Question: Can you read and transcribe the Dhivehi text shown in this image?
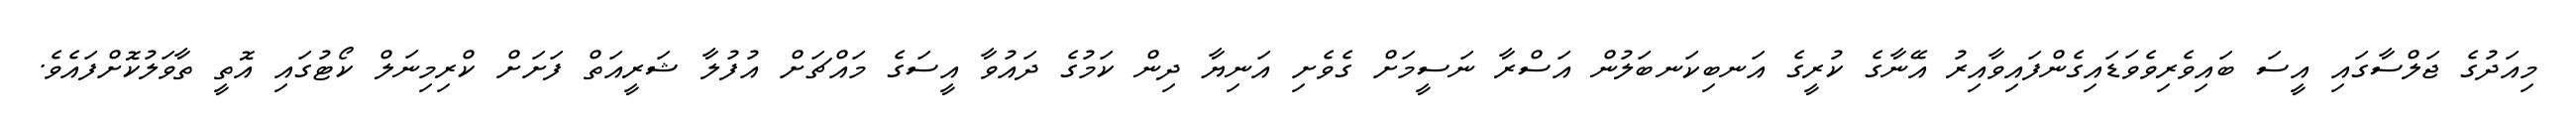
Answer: މިއަދުގެ ޖަލްސާގައި އީސަ ބައިވެރިވެވަޑައިގެންފައިވާއިރު އޭނާގެ ކުރީގެ އަނބިކަނބަލުން އަސްރާ ނަސީމަށް ގެވެށި އަނިޔާ ދިން ކަމުގެ ދައުވާ އީސަގެ މައްޗަށް އުފުލާ ޝަރީއަތް ފަށަށް ކްރިމިނަލް ކޯޓުގައި އޮތީ ތާވަލުކޮށްފައެވެ.